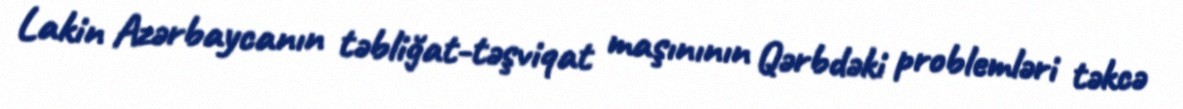
Lakin Azərbaycanın təbliğat-təşviqat maşınının Qərbdəki problemləri təkcə